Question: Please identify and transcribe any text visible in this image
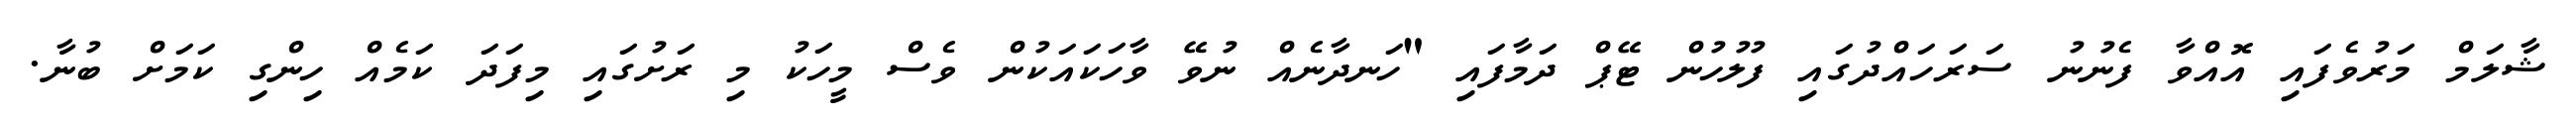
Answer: ޝާލަމް މަރުވެފައި އޮއްވާ ފެނުނު ސަރަހައްދުގައި ފުލުހުން ޓޭޕް ދަމާފައި "ހަނދާނެއް ނުވޭ ވާހަކައަކުން ވެސް މީހަކު މި ރަށުގައި މިފަދަ ކަމެއް ހިންގި ކަމަށް ބުނާ.